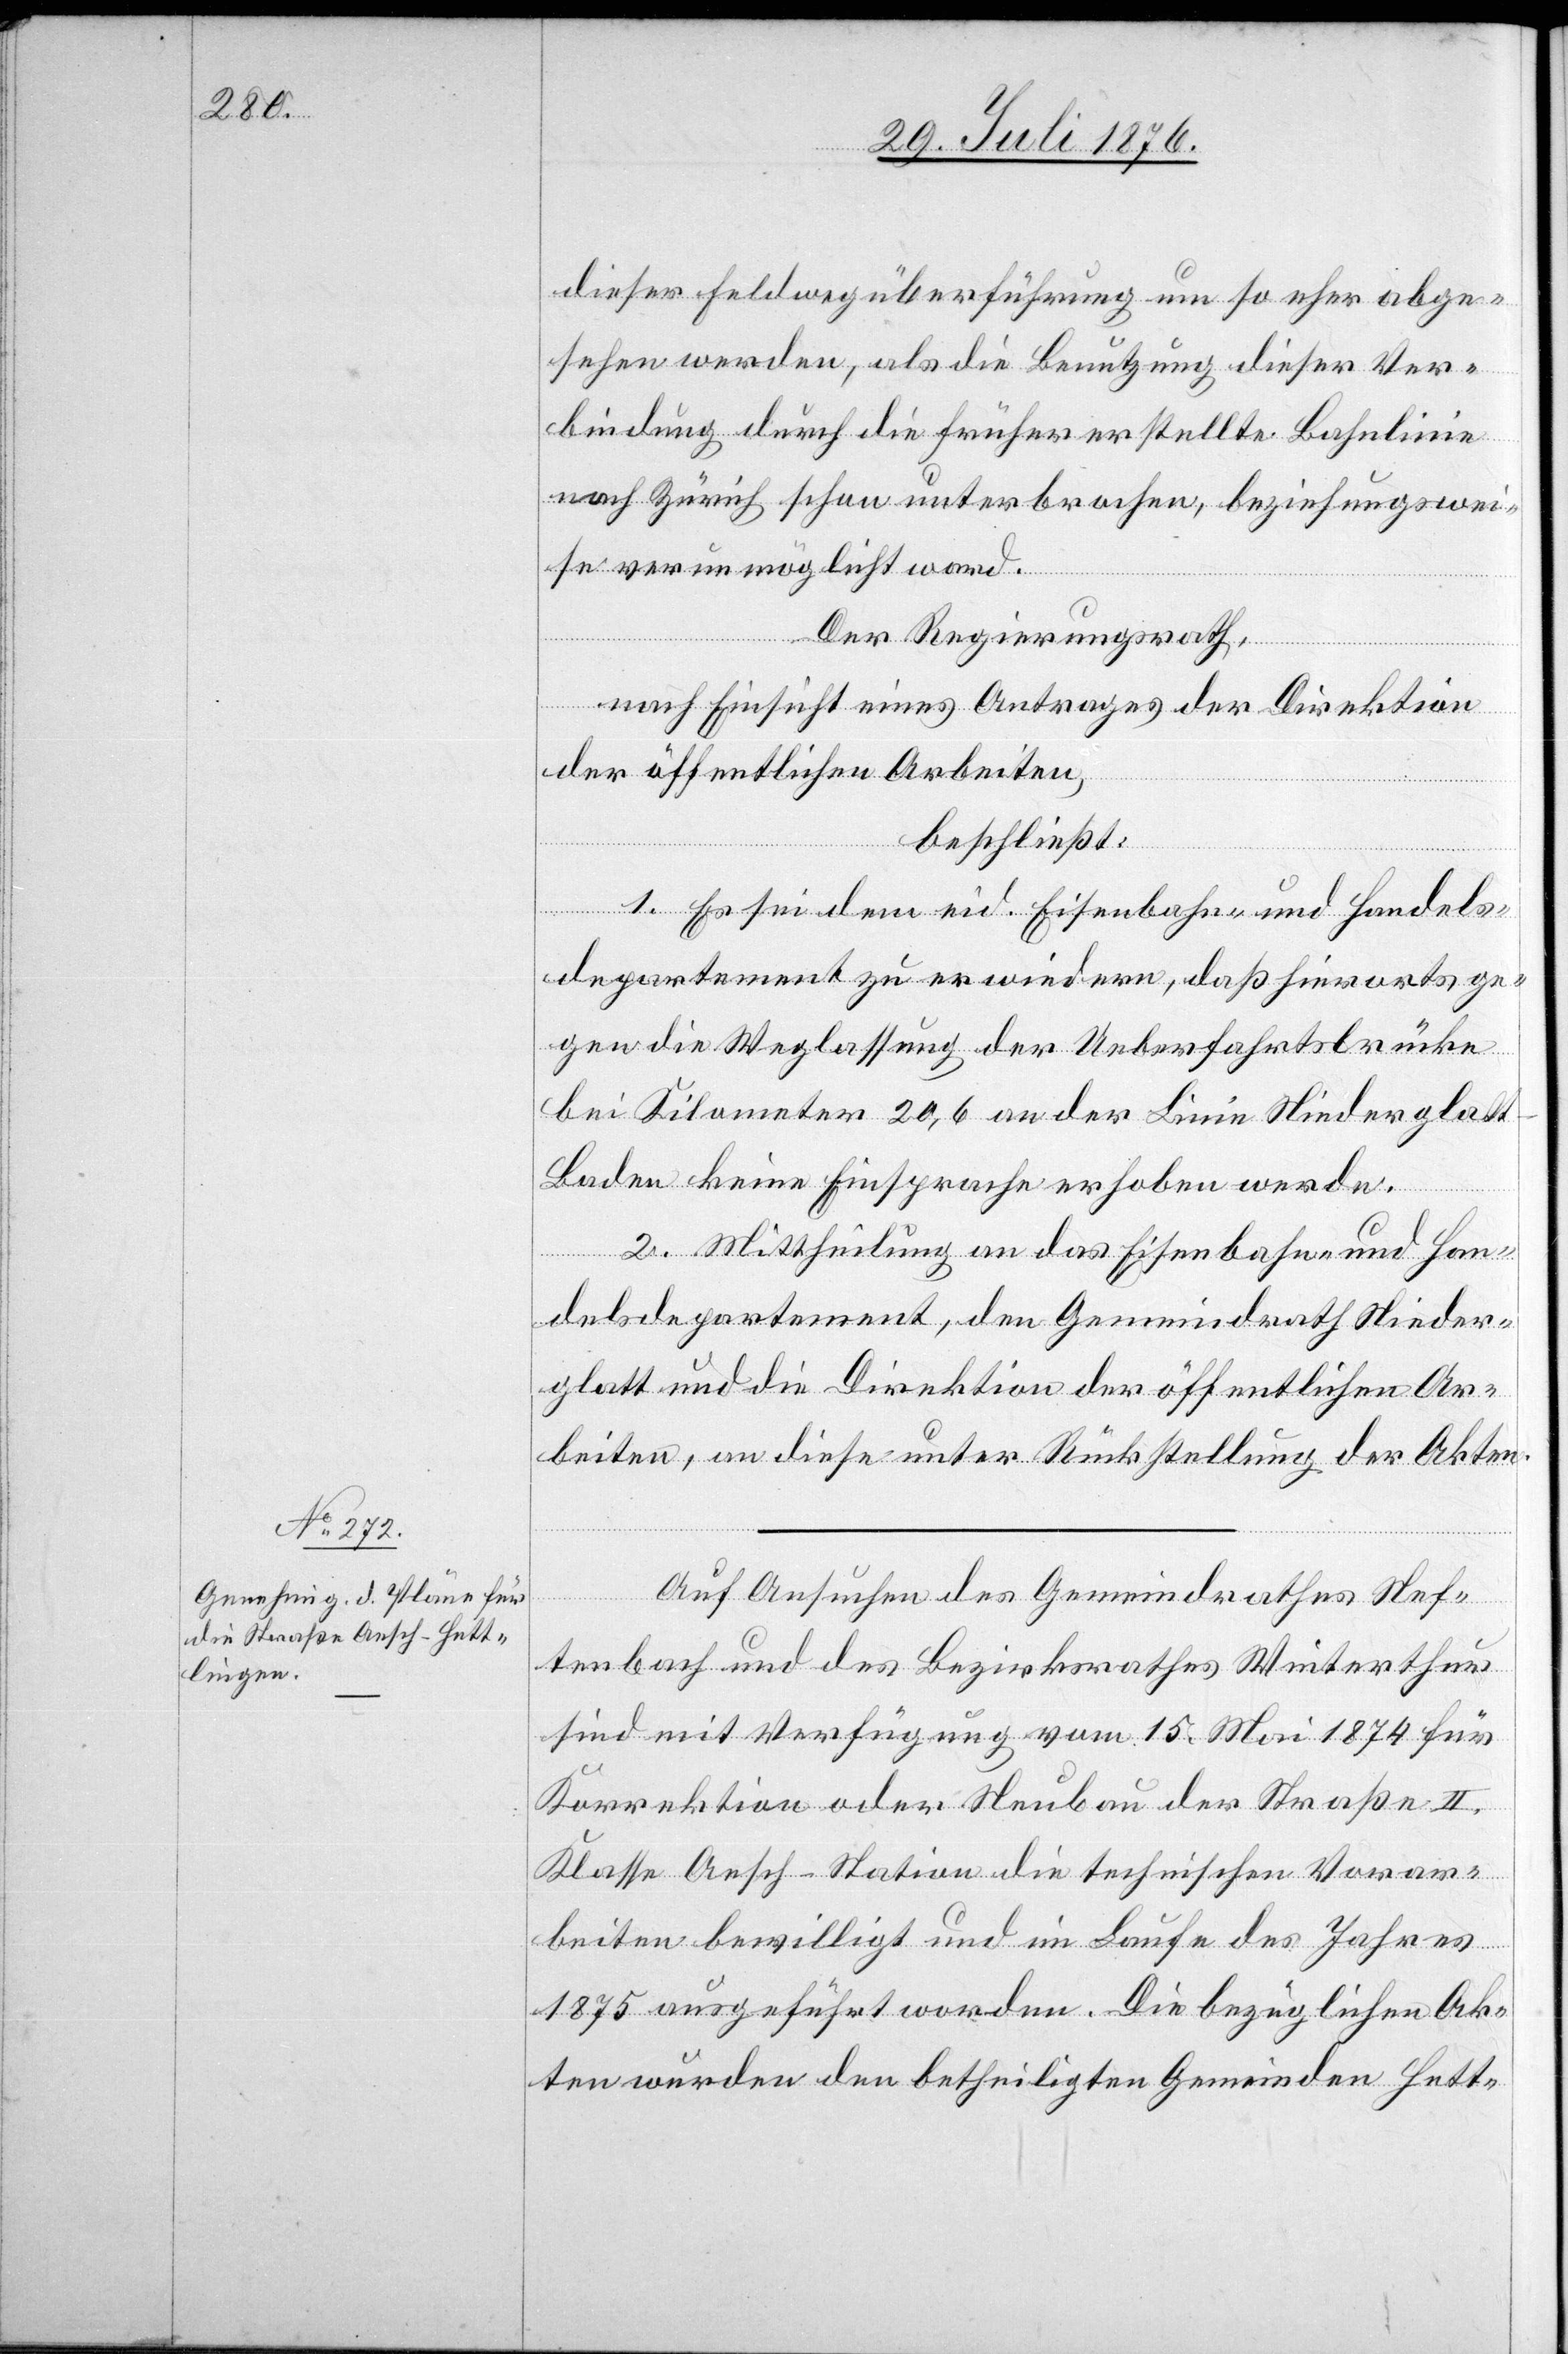
dieser Feldwegüberführung um so eher abge¬
sehen werden, als die Nutzung dieser Ver¬
bindung durch die früher erstellte Bahnlinie
nach Zürich schon unterbrochen, beziehungswei¬
se verunmöglicht ward.
Der Regierungsrath,
nach Einsicht eines Antrages der Direktion
der öffentlichen Arbeiten,
beschließt:
1. Es sei dem eid. Eisenbahn- und Handels¬
departement zu erwiedern, daß hierorts ge¬
gen die Weglassung der Ueberfahrtsbrücke
bei Kilometer 20,6 an der Linie Niederglat¬
t–Baden keine Einsprache erhoben werde.
2. Mittheilung an das Eisenbahn- und Han¬
delsdepartement, den Gemeindrath Nieder¬
glatt und die Direktion der öffentlichen Ar¬
beiten, an diese unter Rückstellung der Akten.
Auf Ansuchen des Gemeindrathes Nef¬
tenbach und des Bezirksrathes Winterthur
sind mit Verfügung vom 15. Mai 1874 für
Korrektion oder Neubau der Straße II.
Klasse Aesch-Station die technischen Vorar¬
beiten bewilligt und im Laufe des Jahres
1875 ausgeführt worden. Die bezüglichen Ak¬
ten wurden den betheiligten Gemeinden Hett-